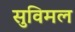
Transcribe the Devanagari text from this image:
सुविमल